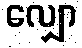
လျှော